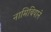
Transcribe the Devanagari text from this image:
नामिबियाने